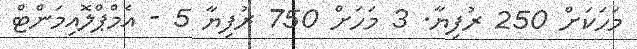
މަހަކަށް 250 ރުފިޔާ. 3 މަހަށް 750 ރުފިޔާ 5 - އެމްޕްލޮއިމަންޓް